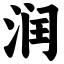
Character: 润